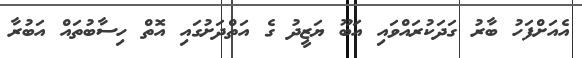
އެއަށްފަހު ބާރު ގަދަކުރައްވައި އަބޫ ޔަޒީދު ގެ އަތްދަށުގައި އޮތް ހިސާބުތައް އަބުރާ